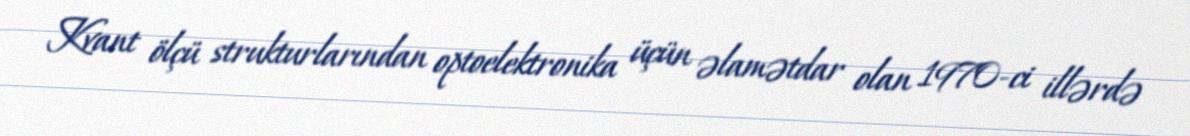
Kvant ölçü strukturlarından optoelektronika üçün əlamətdar olan 1970‐ci illərdə